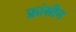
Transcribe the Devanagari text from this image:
फ्रांसीन